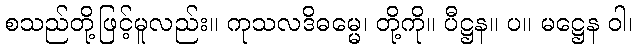
စသည်တို့ဖြင့်မူလည်း။ ကုသလဒိဓမ္မေ၊ တို့ကို။ ပီဋ္ဌန။ ပ။ မဋ္ဌေန ဝါ၊